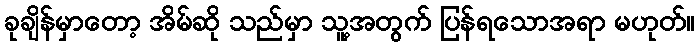
ခုချိန်မှာတော့ အိမ်ဆို သည်မှာ သူ့အတွက် ပြန်ရသောအရာ မဟုတ်။